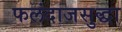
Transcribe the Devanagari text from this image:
फलंदाजसुद्धा